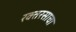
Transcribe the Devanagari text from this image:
रक्तरसाचा